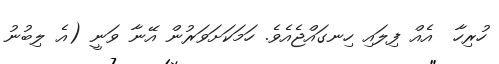
ހުރިހާ  އެއް ފިލައި ހިނގައްޖެއެވެ. ހަމަކަށަވަރުން އޭނާ ވަނީ (އެ ލިބުނު